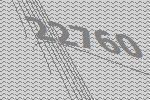
22760